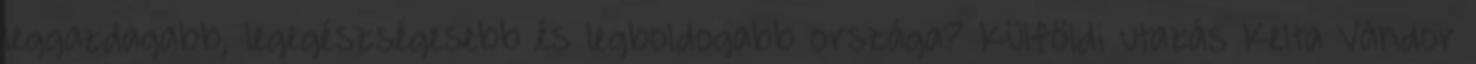
leggazdagabb, legegészségesebb és legboldogabb országa? Külföldi utazás Kelta Vándor